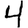
Digit: 4